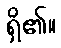
ရှိ၏။